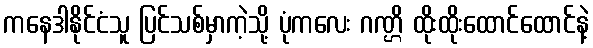
ကနေဒါနိုင်ငံသူ ပြင်သစ်မှာကဲ့သို့ ပုံကလေး ဂဏ္ဌိ ထိုးထိုးထောင်ထောင်နဲ့